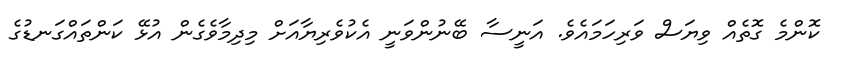
ކޮންމެ ގޮތެއް ވިޔަސް ވަރިހަމައެވެ. އަނީސާ ބޭނުންވަނީ އެކުވެރިޔާއަށް މިދިމާވެގެން އުޅޭ ކަންތައްގަނޑުގެ